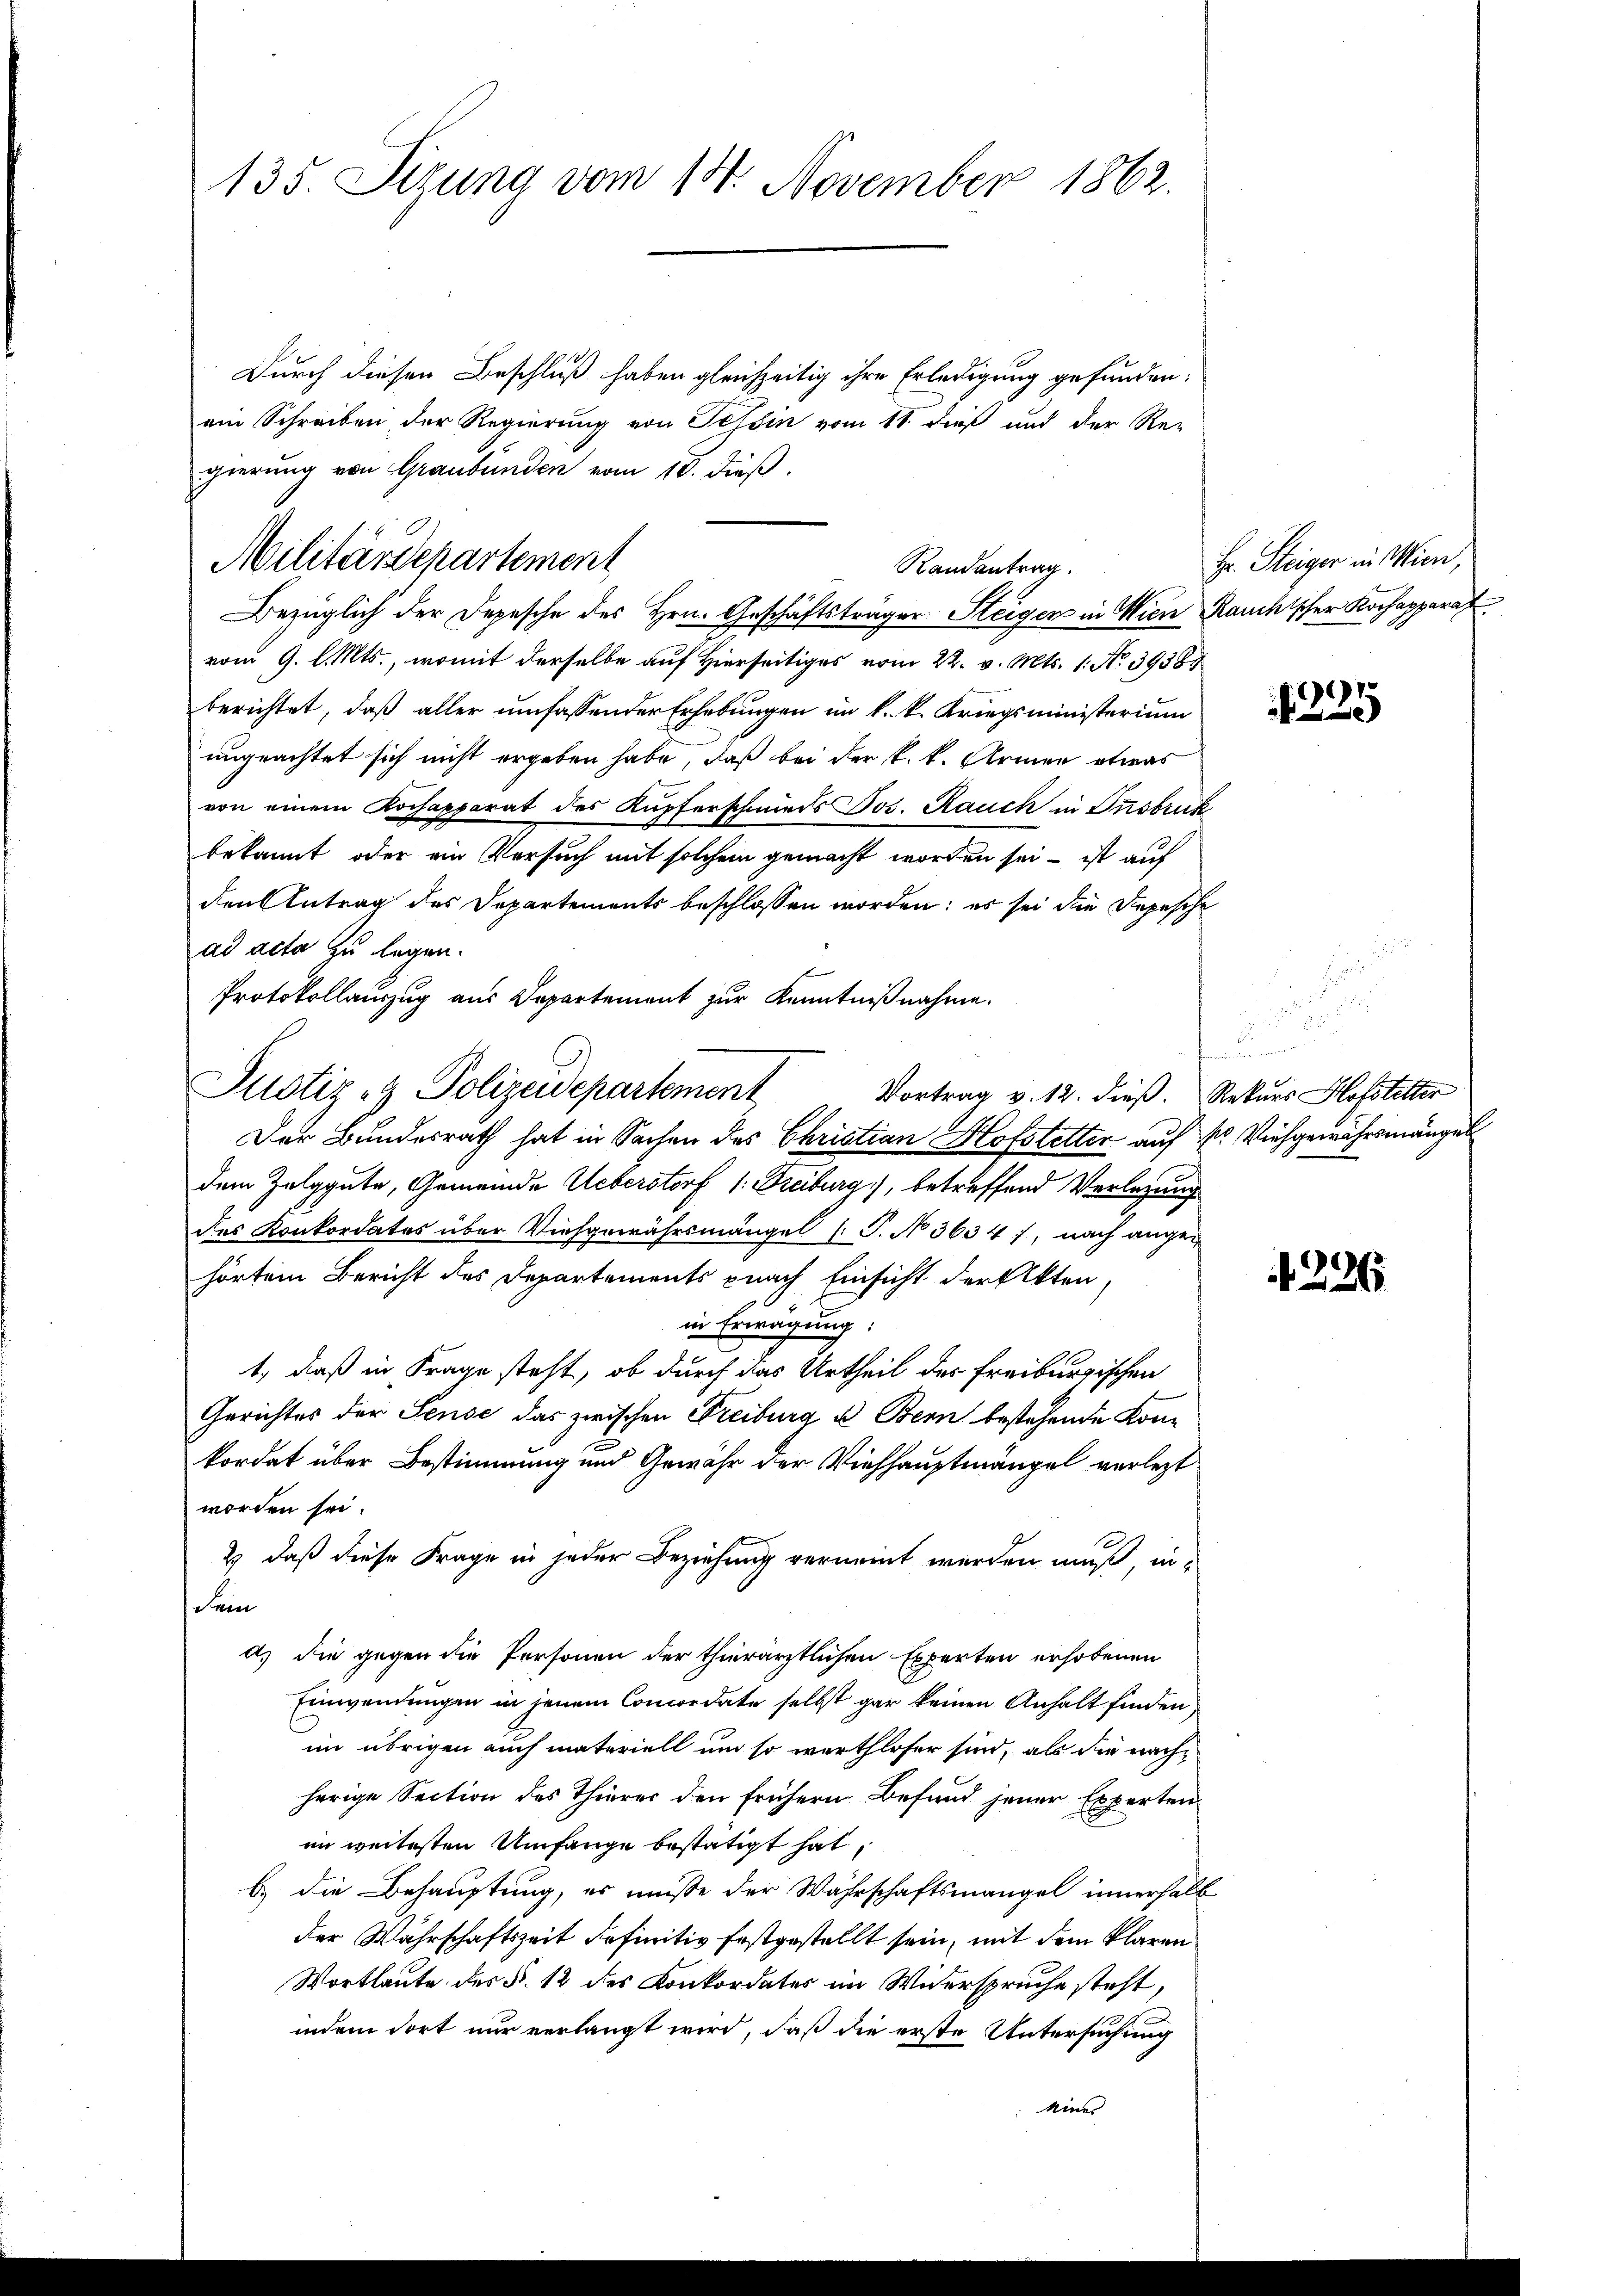
135. Sizung vom 18. November 1862.

Militärdepartement
Randantrag.
Bezüglich der Depesche des Hrn. Geschäftsträger Steiger in Wien Rauchischer Kochapparat

Durch diesen Beschluß haben gleichzeitig ihre Erledigung gefunden.
ein Schreiben der Regierung von Tessin vom 11. dieß und der Re-
gierung von Graubünden vom 16. dieß.
vom 9. l. Mts., womit derselbe auf Hierseitiges vom 22. v. Mts. 1. No. 39381
berichtet, daß aller umfassender Erhebungen im k. k. Kriegsministerium
ungeachtet sich nicht ergeben habe, daß bei der k. k. Armen etwas
von einem Kochapparat des Kupferschmieds Jos. Rauch in Insbruck
bekannt oder ein Versuch mit solchem gemacht worden sei – ist auf
den Antrag des Departements beschlossen worden: es sei die Depesche
ad acta zu legen.
Protokollauszug aus Departement zur Kenntnißnahme.
Der Bundesrath hat in Sachen des Christian Hofstetter auf kr Vieh gewährsmängel
dem Zelggute, Gemeinde Ueberstorf 1. Freiburg), betreffend Verlagung
des Konkordates über Viehgewährsmängel (T. No 3634), nach angehörten Bericht des Departements pnach Einsicht der Akten,
in Erwägung:
1.) daß in Frage steht, ob durch das Urtheil des Freiburgischen
Gerichtes der Sense das zwischen Freiburg u Bern bestehende Konkordat über Bestimmung und Gewähr der Viehhauptmangel verlegt
worden sei.
2) daß diese Frage in jeder Beziehung verneint werden muß, in-
Sein
a) die gegen die Personen der thierärztlichen Experten erhobenen
Einwendungen in jenem Concordate selbst gar keinen Anhalt finden,
im übrigen auch materiell um so werthloser sind, als die nachherige Section des Thierer den frühern Befund jener Experten
im weitesten Umfange bestätigt hat,
b.) die Behauptung, es müsse der Währschaftsmangel innerhalb
der Wahrschaftszeit definitiv festgestellt sein, mit dem klaren
Wortlaute des §. 12 des Konkordates im Widerspruche steht,
indem dort nur verlangt wird, daß die erste Untersuchung
kines

Justiz- & Polizeidepartement Vortrag v. 12. dieß. Rekurs Hofstetter

.

Hr. Steiger in Wien,

)

.

4296